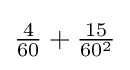
{\textstyle {\tfrac {4}{60}}+{\tfrac {15}{60^{2}}}}